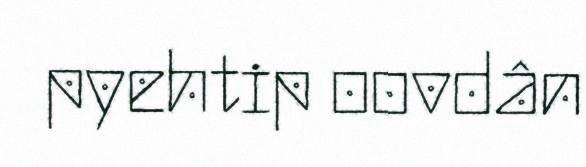
pyehtip oovdân